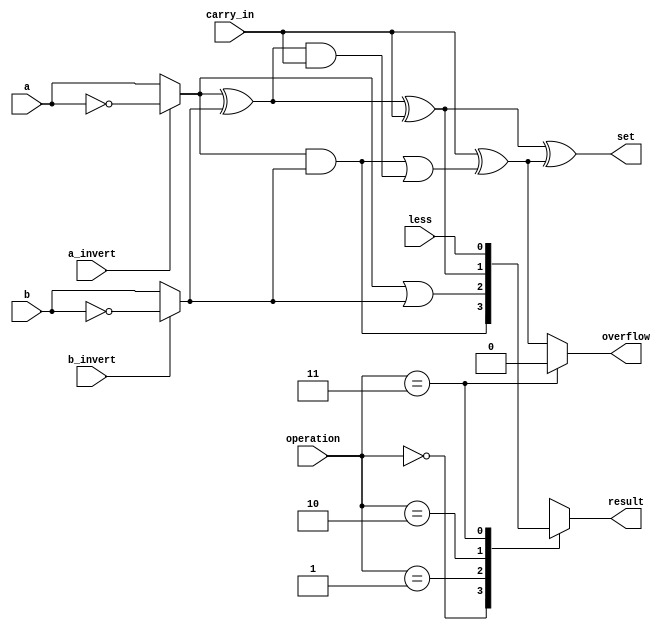
module msb_bit_alu (
    input        a,          // 1 bit, a
    input        b,          // 1 bit, b
    input        less,       // 1 bit, Less
    input        a_invert,   // 1 bit, Ainvert
    input        b_invert,   // 1 bit, Binvert
    input        carry_in,   // 1 bit, CarryIn
    input  [1:0] operation,  // 2 bit, Operation
    output reg      result,     // 1 bit, Result (Must it be a reg?)
    output       set,        // 1 bit, Set
    output       overflow    // 1 bit, Overflow
);

    /* [step 1] invert input on demand */
    wire ai, bi;  // what's the difference between `wire` and `reg` ?
    assign ai = a_invert ? ~a : a;  // remember `?` operator in C/C++?
    //assign bi = (???)| (???);  // you can use logical expression too!
    assign bi = b_invert ? ~b : b;

    /* [step 2] implement a 1-bit full adder */
    /**
     * Full adder should take ai, bi, carry_in as input, and carry_out, sum as output.
     * What is the logical expression of each output? (Checkout C.5.1)
     * Is there another easier way to implement by `+` operator?
     * https://www.chipverify.com/verilog/verilog-combinational-logic-assign
     * https://www.chipverify.com/verilog/verilog-full-adder
     */
    wire sum;
    wire carry_out;
    assign carry_out = (ai & bi) | ((ai ^ bi) & carry_in);
    assign sum       = (ai ^ bi) ^ carry_in;

    //slt 
    //don't know how to do
    assign set = sum ^ overflow_count;

    //overflow
    assign overflow = (operation == 2'b11) ? 0 : carry_in ^ carry_out;//carryin of msb != carryout msb 
    assign overflow_count =  carry_in ^ carry_out;

    /* [step 3] using a mux to assign result */
    always @(*) begin  // `*` auto captures sensitivity ports, now it's combinational logic
        case (operation)  // `case` is similar to `switch` in C
            2'b00:   result <= ai & bi;  // AND
            2'b01:   result <= ai | bi;  // OR
            2'b10:   result <= sum;  // ADD
            2'b11:   result <= less;  // SLT
            default: result <= 0;  // should not happened
        endcase
    end
endmodule